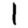
Digit: 1